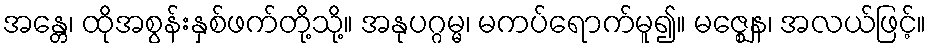
အန္တေ၊ ထိုအစွန်းနှစ်ဖက်တို့သို့။ အနုပဂ္ဂမ္မ၊ မကပ်ရောက်မူ၍။ မဇ္ဈေန၊ အလယ်ဖြင့်။